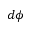
d \phi